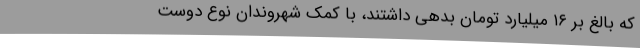
که بالغ بر ۱۶ میلیارد تومان بدهی داشتند، با کمک شهروندان نوع دوست